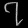
Digit: ၇